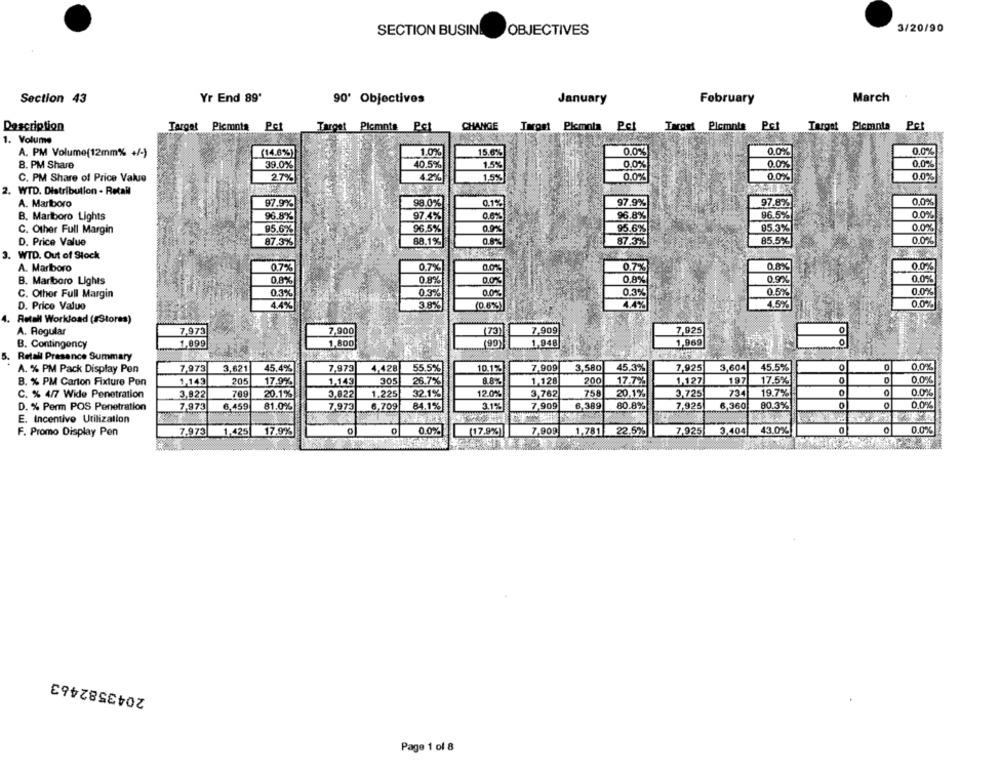
SECTION BUSIN
OBJECTIVES
3/20/90
Section 43
Yr End 89'
90' Objectives
January
February
March
Pct
CHANGE
Description
Target Picmnta Pet
Target
Picmnie
Taront Picmola Pcl
Target Plemnis Pet
Target Plemnta Pct
1. Volume
A. PM Volume(12mm% +/-)
(14.6%)
15.6%
0.0%
0,0%
0.0%
39.0%
0.0%
B. PM Share
1.5%
0.0%
0.0%
C. PM Share of Price Value
2.7%
105%
1.5%
0.0%
0.0%
0.0%
2. WTD. Distribution - Retail
A. Marlboro
97.9%
98.0%
0.1%
97.9%
97.8%
0.0%
B. Marlboro Lights
96.8%
97.4%
0,8%
96.8%
96.5%
0.0%
C. Other Full Margin
95.6%
96.5%
0.9%
95.6%
95.3%
0.0%
0.8%
87.3%
85.5%
0.0%
D. Price Value
87.3%
88.1%
3. WTD. Out of Stock
A. Marlboro
0.7%
0.7%
0.0%
0.7%
0,8%
0.0%
0.0%
0.8%
0.9%
B. Marlboro Lights
0,8%
0,8%
0.0%
C. Othor Full Margin
0.3%
0.3%
0.0%
0.3%
0.5%
0.0%
38%
0.0%
D. Price Value
4.4%
(0.6%)
4.4%
4.5%
4. Retall Workload (sStores)
A. Regular
7,973
7,900
(73)
7.909
7,925
0
1,948
1,969
0
B. Contingency
1,099
1,800
(99)
5.
Retall Presence Summary
0
0
0,0%
A. % PM Pack Display Pen
7,973
3,621
45.4%
7.973
4,428
55.5%
10.1%
7,909
3,580
45.3%
7,925
3,604
45.5%
1,143
20!
17.9%
1,143
305
26.7%
8.8%
1,128
200
17.7%
1,127
197
17.5%
0
0,0%
B. % PM Carton Fixture Pen
C. % 4/7 Wile Penetration
3.822
701
20.1%
3.822
1.225
32.1%
12.0%
3,762
758
20.1%
3.725
734
19.7%
0
0
0.0%
0
0
D. % Perm POS Penetration
7,973
6,459
81.0%|
7,973
6,709
84.1%
3.1%
7,909
6,389
80.8%
7,925
6,360
80.3%
0.0%
E. Incentive Utilization
F. Promo Display Pen
7.973
1,425
17.9%
0.0%
(17.9%)
7,909
1.781
22.6%
7,925
3,40
43.0%
0
0.0%
2043582463
Page 1 of 8